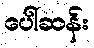
ပေါ်ဆန်း